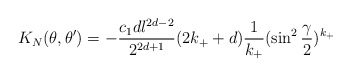
\begin{align*}K_N(\theta ,\theta ')=-{c_1dl^{2d-2}\over 2^{2d+1}}(2k_++d){1\over k_+} (\sin^2{\gamma\over 2})^{k_+}~~\end{align*}